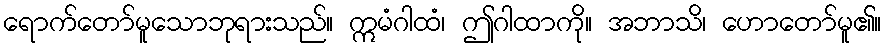
ရောက်တော်မူသောဘုရားသည်။ ဣမံဂါထံ၊ ဤဂါထာကို။ အဘာသိ၊ ဟောတော်မူ၏။